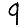
Digit: 9